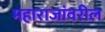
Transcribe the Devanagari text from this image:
महाराजांवरील